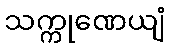
သက္ကုဏေယျံ